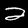
Digit: 2